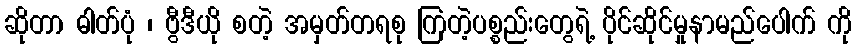
ဆိုတာ ဓါတ်ပုံ ၊ ဗွီဒီယို စတဲ့ အမှတ်တရစု ကြတဲ့ပစ္စည်းတွေရဲ့ ပိုင်ဆိုင်မှုနာမည်ပေါက် ကို